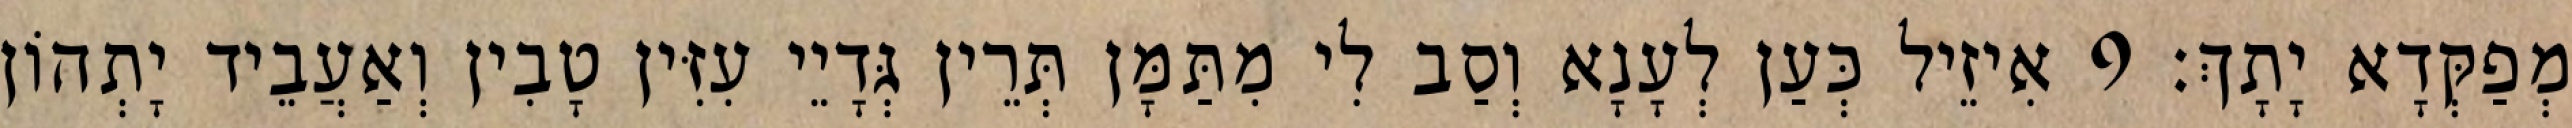
מְפַקְּדָא יָתָךְ׃ 9 אִיזֵיל כְּעַן לְעָנָא וְסַב לִי מִתַּמָּן תְּרֵין גְּדָיֵי עִזִּין טָבִין וְאַעֲבֵיד יָתְהוֹן